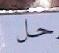
حل